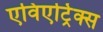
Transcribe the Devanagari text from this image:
एविएट्रिक्स